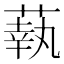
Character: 蓻